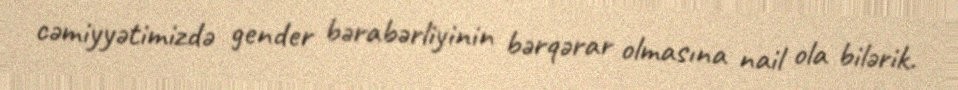
cəmiyyətimizdə gender bərabərliyinin bərqərar olmasına nail ola bilərik.